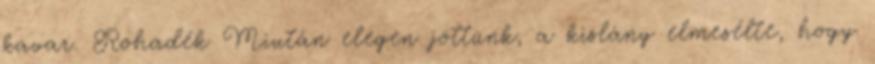
kavar. Rohadék Miután elegen jöttünk, a kislány elmesélte, hogy